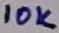
Text: 10K